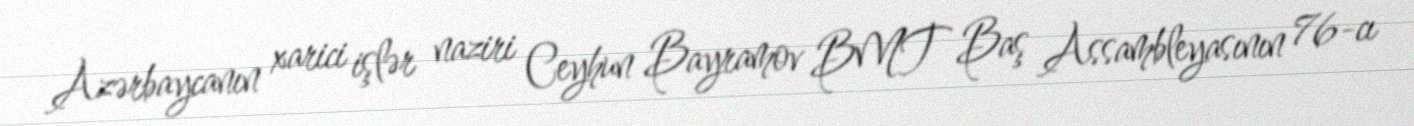
Azərbaycanın xarici işlər naziri Ceyhun Bayramov BMT Baş Assambleyasının 76-cı